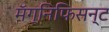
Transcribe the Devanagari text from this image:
मॅग्निफिसन्ट